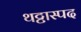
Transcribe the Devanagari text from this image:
थट्टास्पद